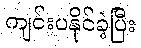
ကျင်းပနိုင်ခဲ့ပြီး